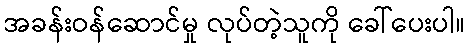
အခန်းဝန်ဆောင်မှု လုပ်တဲ့သူကို ခေါ်ပေးပါ။